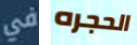
في الحجره